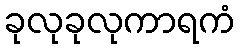
ခုလုခုလုကာရကံ